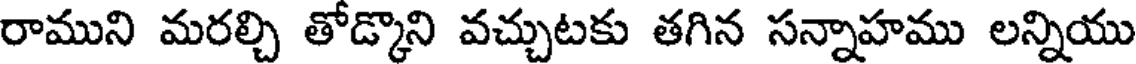
రాముని మరల్చి తోడ్కొని వచ్చుటకు తగిన సన్నాహము లన్నియు